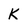
Character: K